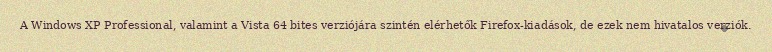
A Windows XP Professional, valamint a Vista 64 bites verziójára szintén elérhetők Firefox-kiadások, de ezek nem hivatalos verziók.